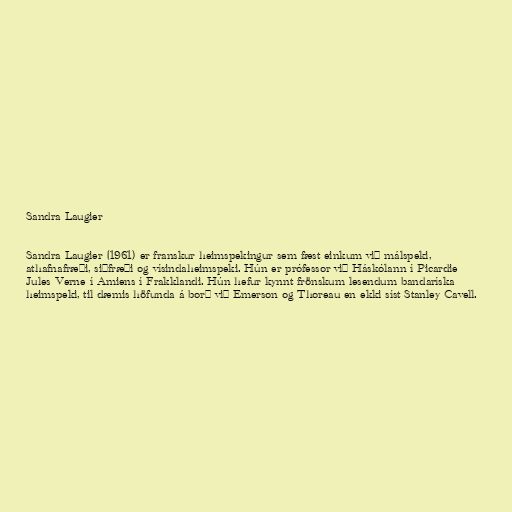
Sandra Laugier

Sandra Laugier (1961) er franskur heimspekingur sem fæst einkum við málspeki,
athafnafræði, siðfræði og vísindaheimspeki. Hún er prófessor við Háskólann í Picardie
Jules Verne í Amiens í Frakklandi. Hún hefur kynnt frönskum lesendum bandaríska
heimspeki, til dæmis höfunda á borð við Emerson og Thoreau en ekki síst Stanley Cavell.